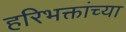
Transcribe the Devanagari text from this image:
हरिभक्तांच्या